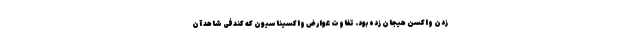
زدن واکسن هیجان زده بود. تفاوت عوارض واکسیناسیون که کندفی شاهد آن